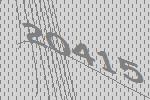
20415